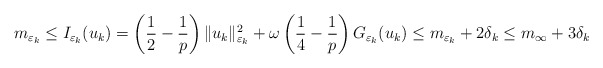
\begin{align*}m_{\varepsilon_{k}}\le I_{\varepsilon_{k}}(u_{k})=\left(\frac{1}{2}-\frac{1}{p}\right)\|u_{k}\|_{\varepsilon_{k}}^{2}+\omega\left(\frac{1}{4}-\frac{1}{p}\right)G_{\varepsilon_{k}}(u_{k})\le m_{\varepsilon_{k}}+2\delta_{k}\le m_{\infty}+3\delta_{k}\end{align*}